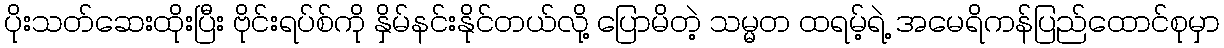
ပိုးသတ်ဆေးထိုးပြီး ဗိုင်းရပ်စ်ကို နှိမ်နင်းနိုင်တယ်လို့ ပြောမိတဲ့ သမ္မတ ထရမ့်ရဲ့ အမေရိကန်ပြည်ထောင်စုမှာ